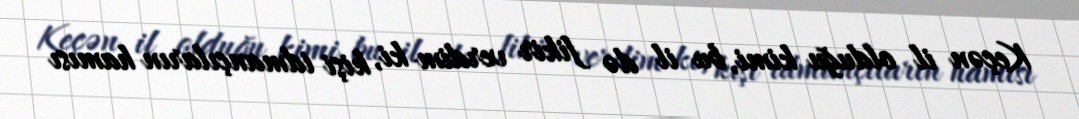
Keçən il olduğu kimi, bu il də fikir verdim ki, kişi idmançıların hamısı